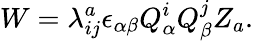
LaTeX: W=\lambda_{ij}^{a}\epsilon_{\alpha\beta}Q_{\alpha}^{i}Q_{\beta}^{j}Z_{a}.